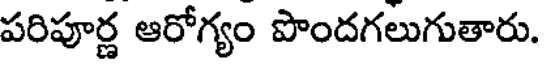
పరిపూర్ణ ఆరోగ్యం పొందగలుగుతారు.